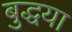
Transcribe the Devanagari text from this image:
बुद्धया